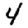
Digit: 4